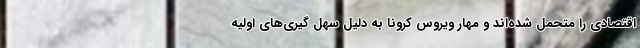
اقتصادی را متحمل شده‌اند و مهار ویروس کرونا به دلیل سهل گیری‌های اولیه